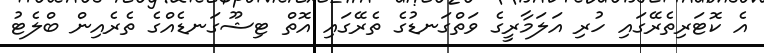
އެ ކޮޓަރިތެރޭގައި ހުރި އަލަމާރީގެ ވަތްގަނޑުގެ ތެރޭގައި އޮތް ޓިޝޫގަނޑެއްގެ ތެރެއިން ބްލެޓު